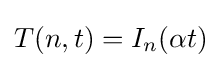
T(n,t)=I_{n}(\alpha t)